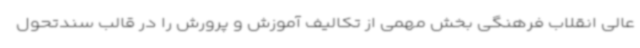
عالی انقلاب فرهنگی بخش مهمی از تکالیف آموزش و پرورش را در قالب سندتحول